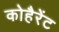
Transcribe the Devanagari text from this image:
कोहैरेंट